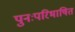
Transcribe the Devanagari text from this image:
पुनःपरिभाषित